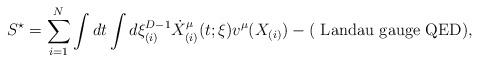
\begin{align*}S^{\star} = \sum_{i=1}^{N} \int dt \int d\xi^{D-1}_{(i)} \dot{X}^{\mu}_{(i)} (t; \xi) v^{\mu}(X_{(i)}) - ( \mbox{ Landau gauge QED}) ,\end{align*}